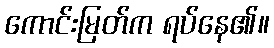
ကောင်းမြတ်က ရပ်နေ၏။